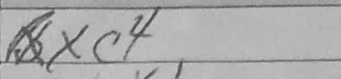
Transcription: Rxc4